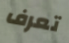
تعرف